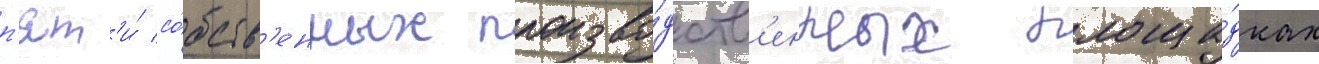
п'ят'и́ со́бств'енных произво́дств'енных площа́дках